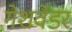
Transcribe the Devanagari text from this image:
गेशवेंडर